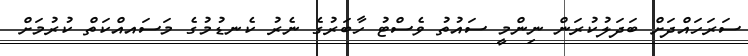
ސަރަހައްދަށް ބަދަލުކުރަން ނިންމީ ސައުތު ވެސްޓު ހާބަރުގެ ނެރު ކެނޑުމުގެ މަސައއްކަތް ކުރުމަށް